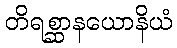
တိရစ္ဆာနယောနိယံ